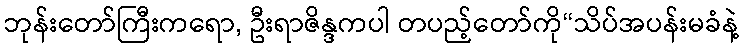
ဘုန်းတော်ကြီးကရော, ဦးရာဇိန္ဒကပါ တပည့်တော်ကို“သိပ်အပန်းမခံနဲ့